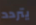
يتردد